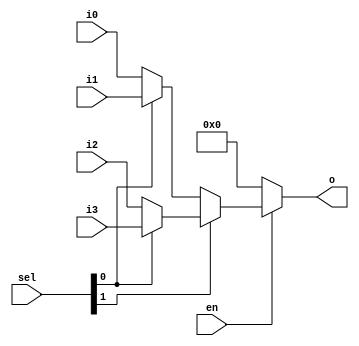
module mux4
  #(parameter WIDTH=32, parameter DISABLED=0)
    (input en,
     input [1:0] sel,
     input [WIDTH-1:0] i0,
     input [WIDTH-1:0] i1,
     input [WIDTH-1:0] i2,
     input [WIDTH-1:0] i3,
     output [WIDTH-1:0] o);

   assign 		o = en ? (sel[1] ? (sel[0] ? i3 : i2) : (sel[0] ? i1 : i0)) :
			DISABLED;
   
endmodule